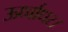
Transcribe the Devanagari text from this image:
ऊर्ध्वाधर।